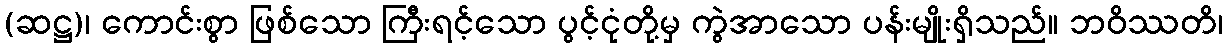
(ဆဋ္ဌ)၊ ကောင်းစွာ ဖြစ်သော ကြီးရင့်သော ပွင့်ငုံတို့မှ ကွဲအာသော ပန်းမျိုးရှိသည်။ ဘဝိဿတိ၊